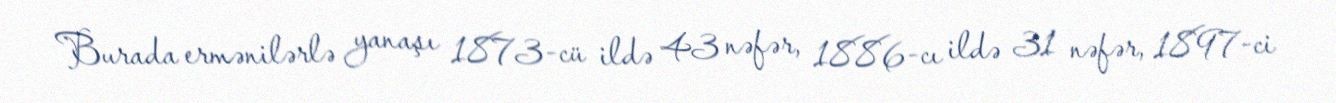
Burada ermənilərlə yanaşı 1873-cü ildə 43 nəfər, 1886-cı ildə 31 nəfər, 1897-ci